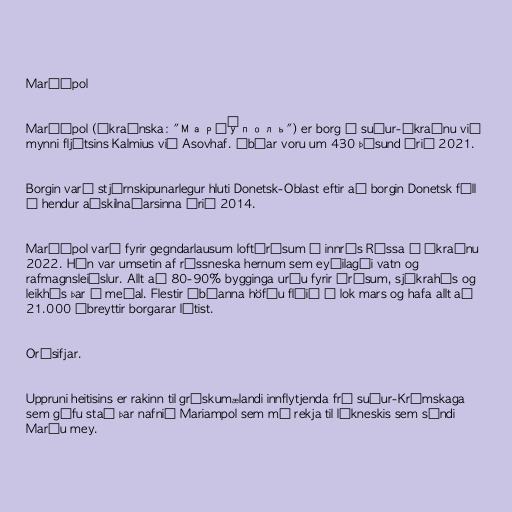
Maríúpol

Maríúpol (úkraínska: "Маріу́поль") er borg í suður-Úkraínu við
mynni fljótsins Kalmius við Asovhaf. Íbúar voru um 430 þúsund árið 2021.

Borgin varð stjórnskipunarlegur hluti Donetsk-Oblast eftir að borgin Donetsk féll
í hendur aðskilnaðarsinna árið 2014.

Maríúpol varð fyrir gegndarlausum loftárásum í innrás Rússa í Úkraínu
2022. Hún var umsetin af rússneska hernum sem eyðilagði vatn og
rafmagnsleiðslur. Allt að 80-90% bygginga urðu fyrir árásum, sjúkrahús og
leikhús þar á meðal. Flestir íbúanna höfðu flúið í lok mars og hafa allt að
21.000 óbreyttir borgarar látist.

Orðsifjar.

Uppruni heitisins er rakinn til grískumælandi innflytjenda frá suður-Krímskaga
sem gáfu stað þar nafnið Mariampol sem má rekja til líkneskis sem sýndi
Maríu mey.